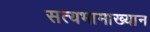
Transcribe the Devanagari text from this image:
सत्यभामाख्यान